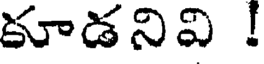
కూడనివి !